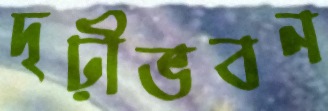
দৃঢ়ীভবন